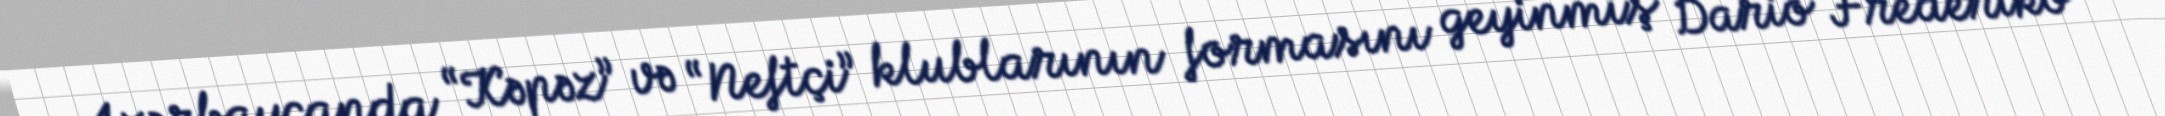
Azərbaycanda “Kəpəz” və “Neftçi” klublarının formasını geyinmiş Dario Frederiko